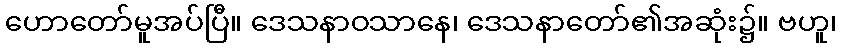
ဟောတော်မူအပ်ပြီ။ ဒေသနာဝသာနေ၊ ဒေသနာတော်၏အဆုံး၌။ ဗဟူ၊